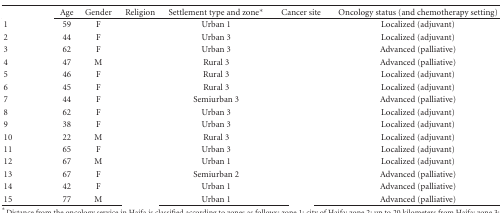
<table><thead><tr><td>[EMPTY_CELL]</td><td><b>Age</b></td><td><b>Gender</b></td><td><b>Religion</b></td><td><b>Settlement type and zone*</b></td><td><b> Cancer site</b></td><td><b>Oncology status (and chemotherapy setting)</b></td></tr></thead><tbody><tr><td>1</td><td>59</td><td>F</td><td>[EMPTY_CELL]</td><td>Urban 1</td><td>[EMPTY_CELL]</td><td>Localized (adjuvant)</td></tr><tr><td>2</td><td>44</td><td>F</td><td>[EMPTY_CELL]</td><td>Urban 3</td><td>[EMPTY_CELL]</td><td>Localized (adjuvant)</td></tr><tr><td>3</td><td>62</td><td>F</td><td>[EMPTY_CELL]</td><td>Urban 3</td><td>[EMPTY_CELL]</td><td>Advanced (palliative)</td></tr><tr><td>4</td><td>47</td><td>M</td><td>[EMPTY_CELL]</td><td>Rural 3</td><td>[EMPTY_CELL]</td><td>Advanced (palliative)</td></tr><tr><td>5</td><td>46</td><td>F</td><td>[EMPTY_CELL]</td><td>Rural 3</td><td>[EMPTY_CELL]</td><td>Localized (adjuvant)</td></tr><tr><td>6</td><td>45</td><td>F</td><td>[EMPTY_CELL]</td><td>Rural 3</td><td>[EMPTY_CELL]</td><td>Localized (adjuvant)</td></tr><tr><td>7</td><td>44</td><td>F</td><td>[EMPTY_CELL]</td><td>Semiurban 3</td><td>[EMPTY_CELL]</td><td>Advanced (palliative)</td></tr><tr><td>8</td><td>62</td><td>F</td><td>[EMPTY_CELL]</td><td>Urban 3</td><td>[EMPTY_CELL]</td><td>Localized (adjuvant)</td></tr><tr><td>9</td><td>38</td><td>F</td><td>[EMPTY_CELL]</td><td>Urban 3</td><td>[EMPTY_CELL]</td><td>Localized (adjuvant)</td></tr><tr><td>10</td><td>22</td><td>M</td><td>[EMPTY_CELL]</td><td>Rural 3</td><td>[EMPTY_CELL]</td><td>Localized (adjuvant)</td></tr><tr><td>11</td><td>65</td><td>F</td><td>[EMPTY_CELL]</td><td>Urban 3</td><td>[EMPTY_CELL]</td><td>Localized (adjuvant)</td></tr><tr><td>12</td><td>67</td><td>M</td><td>[EMPTY_CELL]</td><td>Urban 1</td><td>[EMPTY_CELL]</td><td>Localized (adjuvant)</td></tr><tr><td>13</td><td>67</td><td>F</td><td>[EMPTY_CELL]</td><td>Semiurban 2</td><td>[EMPTY_CELL]</td><td>Advanced (palliative)</td></tr><tr><td>14</td><td>42</td><td>F</td><td>[EMPTY_CELL]</td><td>Urban 1</td><td>[EMPTY_CELL]</td><td>Advanced (palliative)</td></tr><tr><td>15</td><td>77</td><td>M</td><td>[EMPTY_CELL]</td><td>Urban 1</td><td>[EMPTY_CELL]</td><td>Advanced (palliative)</td></tr></tbody></table>